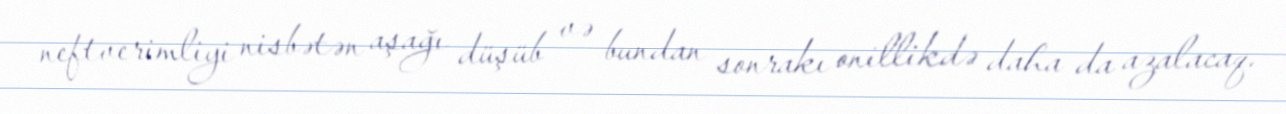
neftverimliyi nisbətən aşağı düşüb və bundan sonrakı onillikdə daha da azalacaq.